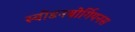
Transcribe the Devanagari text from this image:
स्वीडनबोर्गियनस